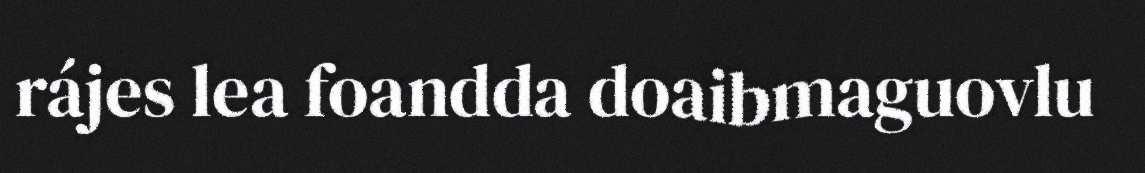
rájes lea foandda doaibmaguovlu